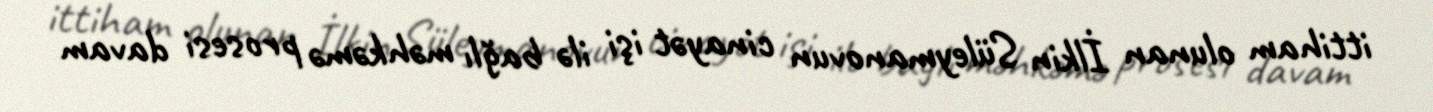
ittiham olunan İlkin Süleymanovun cinayət işi ilə bağlı məhkəmə prosesi davam